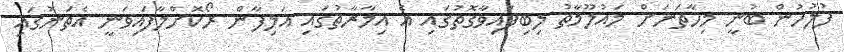
ފުލުހުން ބުނީ މިހާތަނަށް މައުލޫމާތު ލިބިފައިވާގޮތުގައި އެ އިމާރާތުގައި އަލިފާން ރޯކޮށްލާފައިވަނީ އެތަނުގައި